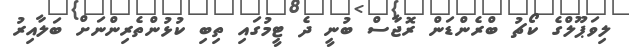
ލިވަޕޫލްގެ ކޯޗު ބްރެންޑަން ރޮޖާސް ބުނީ ދެ ޓީމުގައި ތިބި ކުޅުންތެރިންނަށް ބަލާއިރު